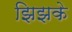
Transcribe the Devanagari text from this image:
झिझके